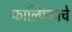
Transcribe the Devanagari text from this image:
फाल्पिकाचे